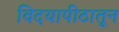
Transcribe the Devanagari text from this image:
विदयापीठातून